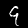
Label: 9